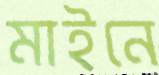
মাইনে